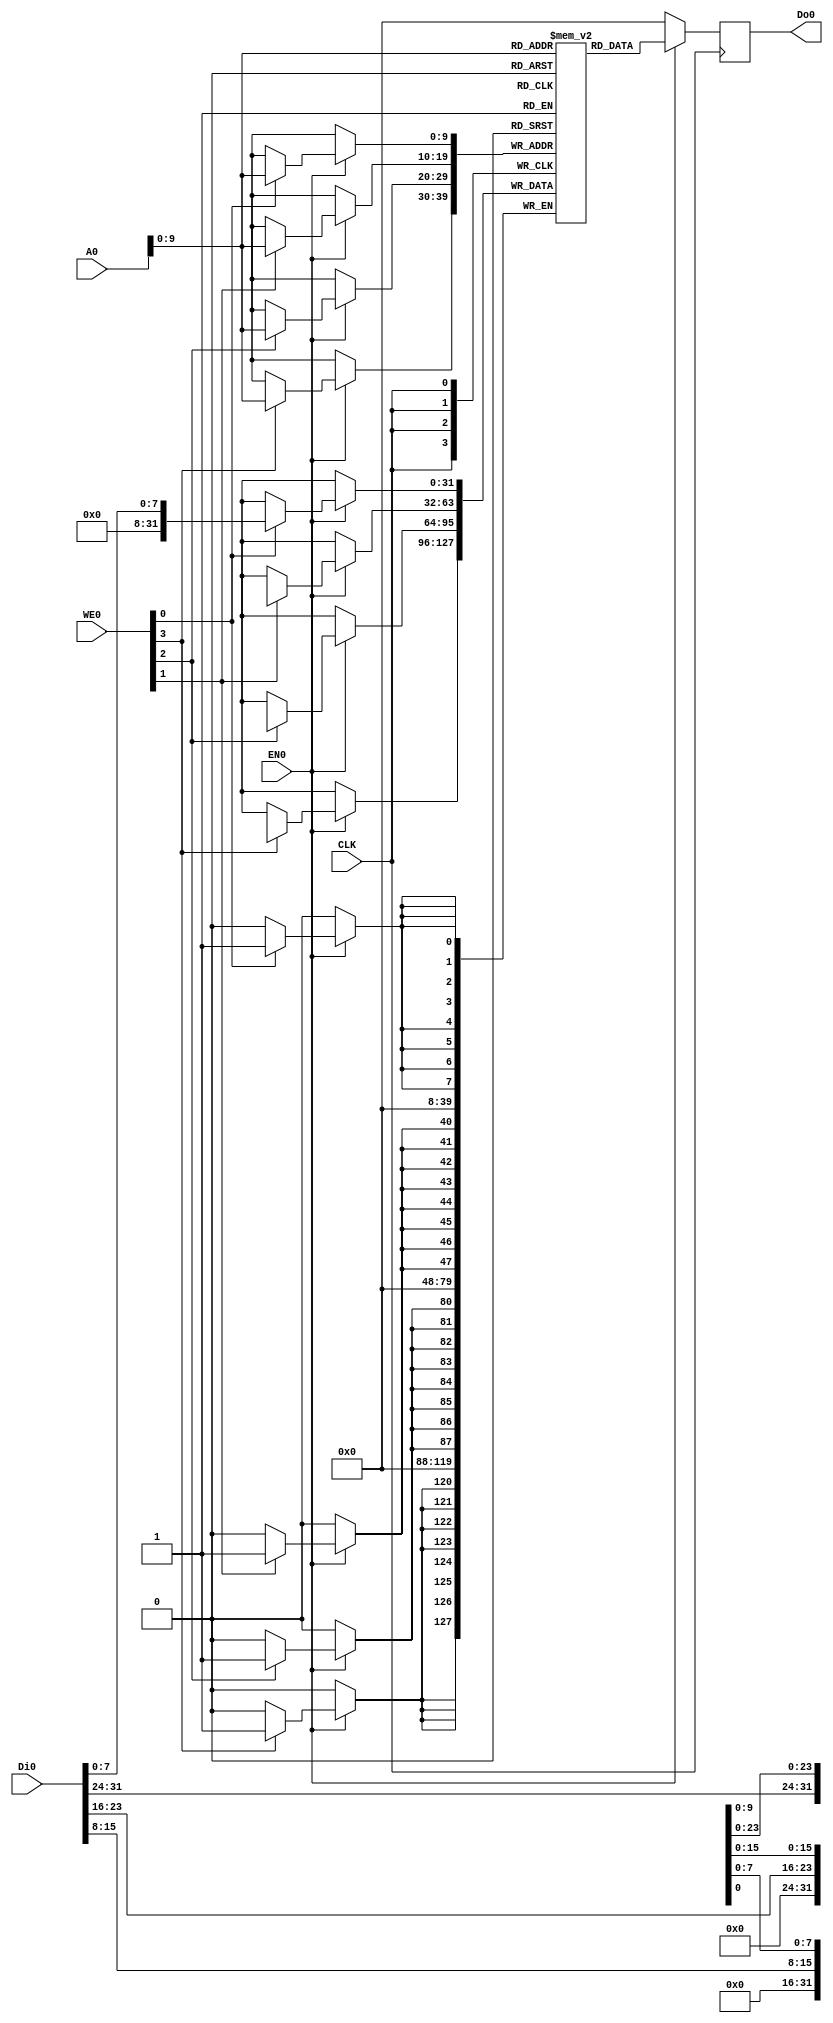
module bram(
    CLK,
    WE0,
    EN0,
    Di0,
    Do0,
    A0
);

    input   wire            CLK;
    input   wire    [3:0]   WE0;
    input   wire            EN0;
    input   wire    [31:0]  Di0;
    output  reg     [31:0]  Do0;
    input   wire    [31:0]   A0;

    // 4 MB
    (* ram_style = "block" *) reg [31:0] RAM[0:1024-1];


    always @(posedge CLK)
        if(EN0) begin
            Do0 <= RAM[A0[9:0]];
            if(WE0[0]) RAM[A0[9:0]][7:0] <= Di0[7:0];
            if(WE0[1]) RAM[A0[9:0]][15:8] <= Di0[15:8];
            if(WE0[2]) RAM[A0[9:0]][23:16] <= Di0[23:16];
            if(WE0[3]) RAM[A0[9:0]][31:24] <= Di0[31:24];
        end
        else
            Do0 <= 32'b0;
endmodule